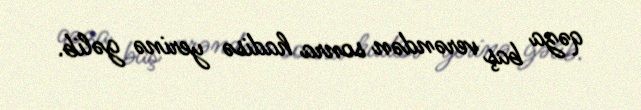
qəza baş verəndən sonra hadisə yerinə gəlib.